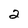
Character: 2